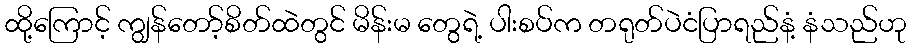
ထို့ကြောင့် ကျွန်တော့်စိတ်ထဲတွင် မိန်းမ တွေရဲ့ ပါးစပ်က တရုတ်ပဲငံပြာရည်နံ့ နံသည်ဟု